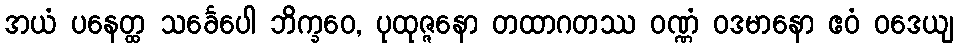
အယံ ပနေတ္ထ သင်္ခေပေါ ဘိက္ခဝေ, ပုထုဇ္ဇနော တထာဂတဿ ဝဏ္ဏံ ဝဒမာနော ဧဝံ ဝဒေယျ